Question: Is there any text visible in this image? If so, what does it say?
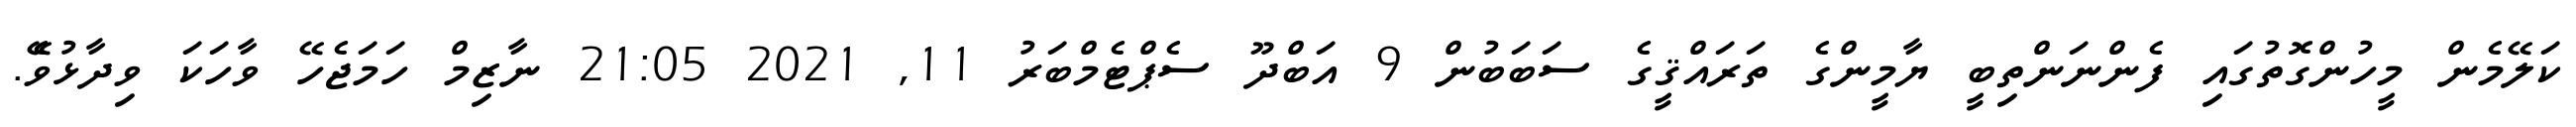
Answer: ކަލޭމެން މީހުންގޮތުގައި ފެންނަންތިބީ ޔާމީންގެ ތަރައްޤީގެ ސަބަބުން 9 އަބްދޫ ސެޕްޓެމްބަރު 11, 2021 21:05 ނާޒިމް ހަމަޖެހޭ ވާހަކަ ވިދާޅުވެޭ.